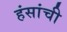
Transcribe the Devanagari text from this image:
हंसांची